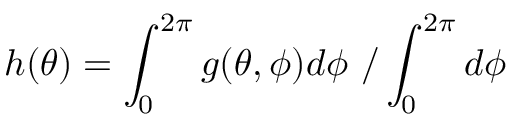
h ( \theta ) = \int _ { 0 } ^ { 2 \pi } g ( \theta , \phi ) d \phi \ / \int _ { 0 } ^ { 2 \pi } d \phi